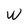
Character: W